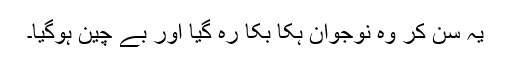
یہ سن کر وہ نوجوان ہکا بکا رہ گیا اور بے چین ہوگیا۔